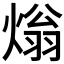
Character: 𤌏